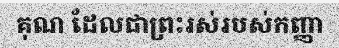
គុណ ដែលជាព្រះរស់របស់កញ្ញា